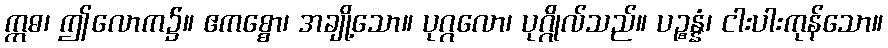
ဣဓ၊ ဤလောက၌။ ဧကစ္စော၊ အချို့သော။ ပုဂ္ဂလော၊ ပုဂ္ဂိုလ်သည်။ ပဉ္စန္နံ၊ ငါးပါးကုန်သော။